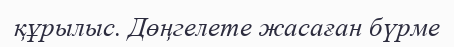
құрылыс. Дөңгелете жасаған бүрме